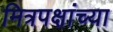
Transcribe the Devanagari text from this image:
मित्रपक्षांच्या